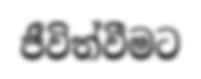
ජීවිත්වීමට